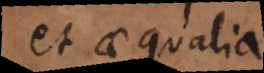
et aequalia.